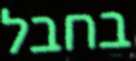
בחבל